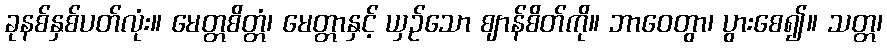
ခုနစ်နှစ်ပတ်လုံး။ မေတ္တစိတ္တံ၊ မေတ္တာနှင့် ယှဉ်သော ဈာန်စိတ်ကို။ ဘာဝေတွာ၊ ပွားစေ၍။ သတ္တ၊